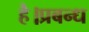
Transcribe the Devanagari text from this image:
है।प्रबन्ध